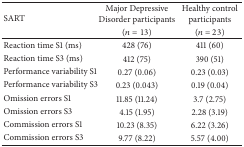
| <ROWSPAN=2> SART | Major Depressive Disorder participants | Healthy control participants |
 | (n = 13) | (n = 23) |
 | --- | --- | --- |
 | Reaction time S1 (ms) | 428 (76) | 411 (60) |
 | Reaction time S3 (ms) | 412 (75) | 390 (51) |
 | Performance variability S1 | 0.27 (0.06) | 0.23 (0.03) |
 | Performance variability S3 | 0.23 (0.043) | 0.19 (0.04) |
 | Omission errors S1 | 11.85 (11.24) | 3.7 (2.75) |
 | Omission errors S3 | 4.15 (1.95) | 2.28 (3.19) |
 | Commission errors S1 | 10.23 (8.35) | 6.22 (3.26) |
 | Commission errors S3 | 9.77 (8.22) | 5.57 (4.00) |